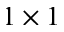
1 \times 1